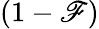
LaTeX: (1-\mathscr{F})